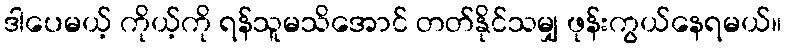
ဒါပေမယ့် ကိုယ့်ကို ရန်သူမသိအောင် တတ်နိုင်သမျှ ဖုန်းကွယ်နေရမယ်။